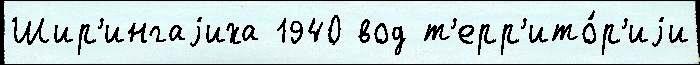
Шир'ингаjиха 1940 вод т'ерр'ито́р'иjи